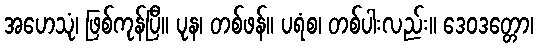
အဟေသုံ၊ ဖြစ်ကုန်ပြီ။ ပုန၊ တစ်ဖန်။ ပရံစ၊ တစ်ပါးလည်း။ ဒေဝဒတ္တော၊